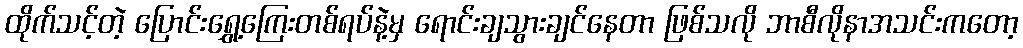
ထိုက်သင့်တဲ့ ပြောင်းရွှေ့ကြေးတစ်ရပ်နဲ့မှ ရောင်းချသွားချင်နေတာ ဖြစ်သလို ဘာစီလိုနာအသင်းကတော့